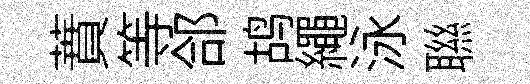
蕡等郃鸪繩泳聮